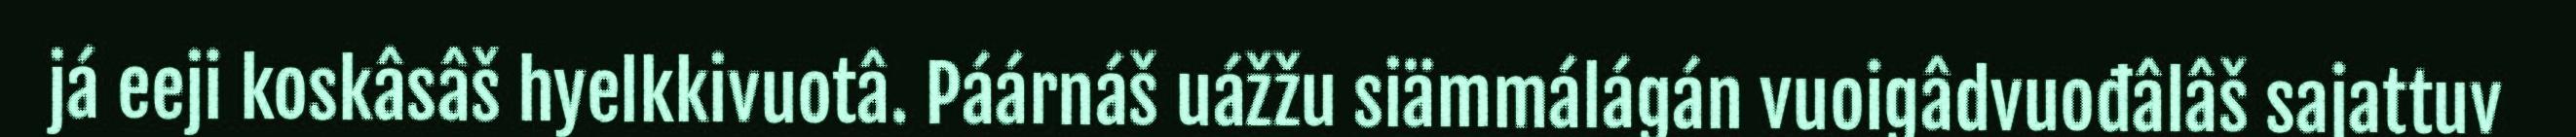
já eeji koskâsâš hyelkkivuotâ. Páárnáš uážžu siämmálágán vuoigâdvuođâlâš sajattuv